Vaccination North-Western Provinces and Oudh 1896-1901 - 1896-1901
Year: 1896
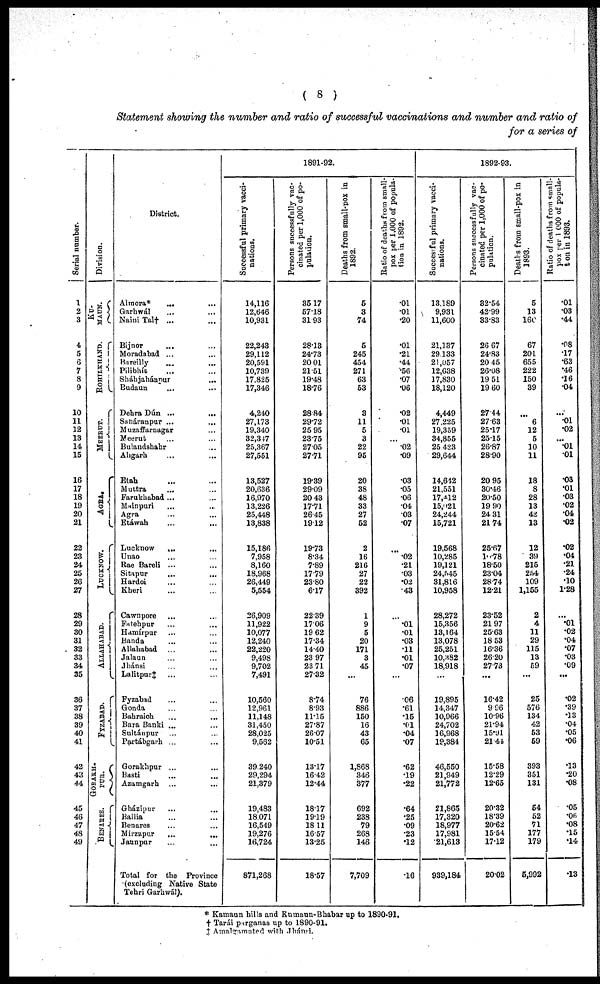
( 8 )
Statement showing the number and ratio of successful vaccinations and number and ratio of
for a series of
Serial number.
1
2
3
4
5
6
7
8
9
10
11
12
13
14
15
16
17
18
19
20
21
22
23
24
25
26
27
28
29
30
31
32
33
34
35
36
37
38
39
40
41
42
43
44
45
46
47
48
49
Division.
KU¬
MAUN.
ROHILKHAND.
MEERUT.
AGRA.
LUCKNOW.
ALLAHABAD.
FYZABAD.
GORAKH¬
PUR.
BENARES.
District.
Almora* ... ...
Garhwál ... ...
Naini Tal† ... ...
Bijnor ... ...
Moradabad ... ...
Bareilly ... ...
Pilibhít ... ...
Sháhjahánpur
... ...
Budaun
... ...
Dehra Dún
...
...
Saháranpur ... ...
Muzaffarnagar ... ...
Meerut ... ...
Bulandshahr ... ...
Aligarh ... ...
Etah ... ...
Muttra ... ...
Farukhabad ... ...
Mainpuri ... ...
Agra ... ...
Etáwah ... ...
Lucknow
... ...
Unao ... ...
Rae Bareli ... ...
Sitapur ... ...
Hardoi ... ...
Kheri ... ...
Cawnpore ... ...
Fatehpur ... ...
Hamírpur ... ...
Banda ... ...
Allahabad ... ...
Jalaun ... ...
Jhánsi ... ...
Lalitpur‡ ... ...
Fyzabad ... ...
Gonda ... ...
Bahraich ... ...
Bara Banki ... ...
Sultánpur ... ...
Partábgarh ... ...
Gorakhpur ... ...
Basti ... ...
Azamgarh ... ...
Gházipur ... ...
Ballia ... ...
Benares ... ...
Mirzapur
...
...
Jaunpur ... ...
Total for the Province
(excluding Native State
Tehri Garhwál).
1891-92.
Successful primary vacci-
nations.
14,116
12,646
10,931
22,243
29,112
20,591
10,739
17,825
17,346
4,240
27,173
19,340
32,347
25,367
27,551
13,527
20,636
16,970
13,226
25,448
13,838
15,186
7,958
8,160
18,968
26,449
5,554
26,909
11,922
10,077
12,240
22,220
9,498
9,702
7,491
10,560
12,961
11,148
31,450
28,025
9,562
39,240
29,294
21,379
19,483
18,071
16,549
19,276
16,724
871,268
Persons successfully vac-
cinated per 1,000 of po-
pulation.
35.17
57.18
31.93
28.13
24.73
20.01
21.51
19.48
18.76
28.84
29.72
25.95
23.75
27.05
27.71
19.39
29.09
20.43
17.71
26.45
19.12
19.73
8.34
7.89
17.79
23.80
6.17
22.39
17.06
19.62
17.34
14.40
23.97
23.71
27.32
8.74
8.93
11.15
27.87
26.07
10.51
13.17
16.42
12.44
18.17
19.19
18.11
16.57
13.25
18.57
Deaths from small-pox in
1892.
5
3
74
5
245
454
271
63
53
3
11
5
3
22
95
20
38
48
33
27
52
2
16
216
27
22
392
1
9
5
20
171
3
45
...
76
886
150
16
43
65
1,868
346
377
692
238
79
268
146
7,709
Ratio of deaths from small-
pox per 1,000 of popula-
tion in 1892.
.01
.01
.20
.01
.21
.44
.56
.07
.06
.02
.01
.01
...
.02
.09
.03
.05
.06
.04
.03
.07
...
.02
.21
.03
.02
.43
...
.01
.01
.03
.11
.01
.07
...
.06
.61
.15
.01
.04
.07
.62
.19
.22
.64
.25
.09
.23
.12
.16
1892-93.
Successful primary vacci-
nations.
13,189
9,931
11,600
21,137
29,133
21,057
12,638
17,830
18,120
4,449
27,225
19,359
34,855
25,423
29,644
14,642
21,551
17,412
15,021
24,244
15,721
19,568
10,285
19,121
24,545
31,816
10,958
28,272
15,356
13,164
13,078
25,251
10,382
18,918
...
19,895
14,347
10,966
24,702
16,968
19,384
46,550
21,949
21,772
21,865
17,320
18,977
17,981
21,613
939,184
Persons successfully vac-
cinated per 1,000 of po-
pulation.
32.54
42.99
33.83
26.67
24.83
20.45
26.08
19.51
19.60
27.44
27.63
25.17
25.15
26.87
28.90
20.95
30.46
20.50
19.90
24.31
21.74
25.67
10.78
18.50
23.04
28.74
12.21
23.52
21.97
25.63
18.53
16.36
26.20
27.73
...
16.42
9.96
10.96
21.94
15.91
21.44
15.58
12.29
12.65
20.32
18.39
20.62
15.54
17.12
20.02
Deaths from small-pox in
1893.
5
13
160
67
201
655
222
150
39
...
6
12
5
10
11
18
8
28
13
42
13
12
39
215
254
109
1,155
2
4
11
29
115
13
59
...
25
576
134
42
53
59
393
351
131
54
52
71
177
179
5,992
Ratio of deaths from small-
pox per 1,000 of popula¬
tion in 1893.
.01
.03
.44
.08
.17
.63
.46
.16
.04
...
.01
.02
...
.01
.01
.03
.01
.03
.02
.04
.02
.02
.04
.21
.24
.10
1.28
...
.01
.02
.04
.07
.03
.09
...
.02
.39
.13
.04
.05
.06
.13
.20
.08
.05
.06
.08
.15
.14
.13
* Kamaun hills and Kumaun-Bhabar up to 1890-91.
† Tarái parganas up to 1890-91.
‡ Amalgamated with Jhánsi.